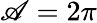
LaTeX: \mathscr{A}=2\pi